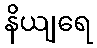
နိယျရေ